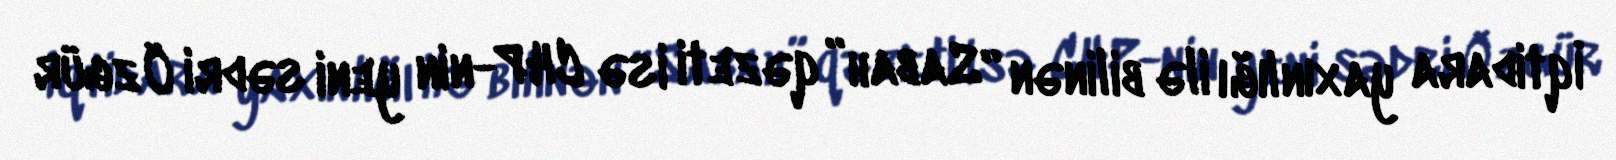
İqtidara yaxınlığı ilə bilinən “Sabah” qəzeti isə CHP-nin yeni sədri Özgür